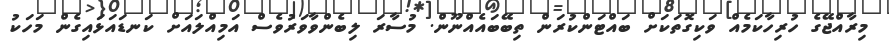
މިރާއްޖޭގެ ހުރިހާކަމެއް ވަކިގޮތަކަށް ބައްޓަންކުރަން ތިބޭބައެއްނޫން. މުސާރަ ލިބެންވާވަރުވެސް އަމިއްލައަށް ކަނޑައަޅައިގެން މަހަކު